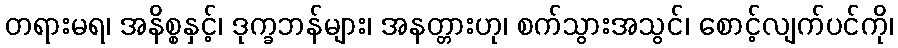
တရားမရ၊ အနိစ္စနှင့်၊ ဒုက္ခဘန်များ၊ အနတ္တားဟု၊ စက်သွားအသွင်၊ စောင့်လျက်ပင်ကို၊